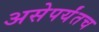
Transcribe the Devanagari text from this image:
असेपर्यंतच